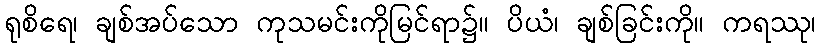
ရုစိရေ၊ ချစ်အပ်သော ကုသမင်းကိုမြင်ရာ၌။ ပိယံ၊ ချစ်ခြင်းကို။ ကရဿု၊